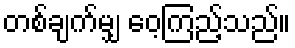
တစ်ချက်မျှ ဝေ့ကြည့်သည်။